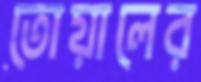
তোয়ালের